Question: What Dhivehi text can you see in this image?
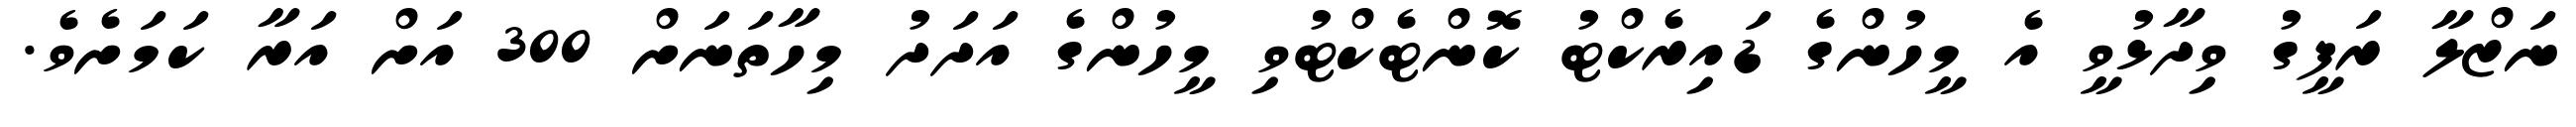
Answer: ނަޒްލާ ރަފީގު ވިދާޅުވީ އެ މީހުންގެ ޑައިރެކްޓު ކޮންޓެކްޓުވި މީހުންގެ އަދަދު މިހާތަނަށް 300 އަށް އަރާ ކަމަށެވެ.